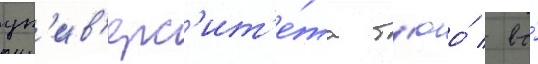
ун'ив'ерс'ит'е́та т'юо́ / во́